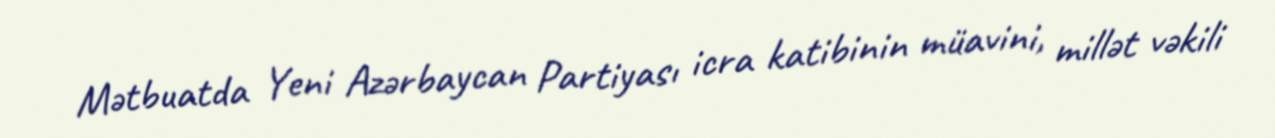
Mətbuatda Yeni Azərbaycan Partiyası icra katibinin müavini, millət vəkili